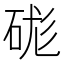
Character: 硥